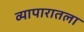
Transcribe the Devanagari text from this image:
व्यापारातला